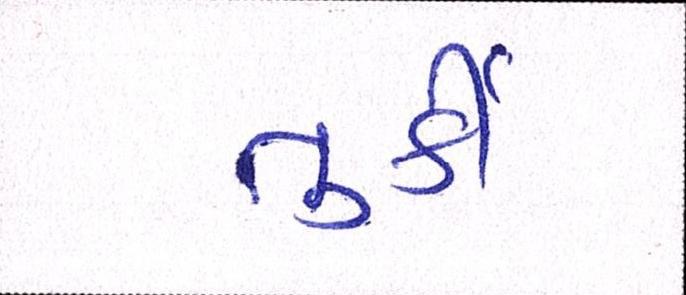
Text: તુર્કી